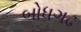
બોધગઢ